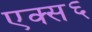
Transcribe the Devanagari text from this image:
एक्स६